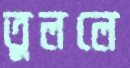
তুললে